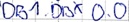
Text: DB1.DBX 0.0